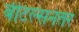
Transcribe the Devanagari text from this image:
बीटल्सनंतर